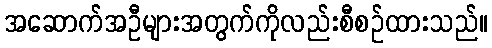
အဆောက်အဦများအတွက်ကိုလည်းစီစဉ်ထားသည်။